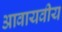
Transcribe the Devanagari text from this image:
आवायवीय